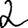
Digit: 2